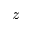
z